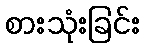
စားသုံးခြင်း